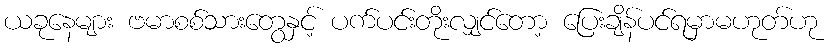
ယခုနေများ ဗမာစစ်သားတွေနှင့် ပက်ပင်းတိုးလျှင်တော့ ပြေးချိန်ပင်ရမှာမဟုတ်ဟု